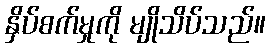
နှိပ်စက်မှုကို မျိုသိပ်သည်။